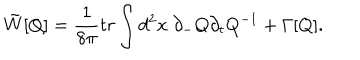
LaTeX: \tilde { W } [ Q ] = \frac { 1 } { 8 \pi } t r \int d ^ { 2 } x ~ \partial _ { - } Q \partial _ { t } Q ^ { - 1 } + \Gamma [ Q ] .